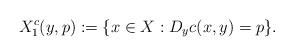
LaTeX: \begin{align*}X^c_1(y,p):=\{x\in X: D_yc(x,y) =p\}.\end{align*}